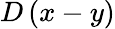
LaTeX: D\left(x-y\right)